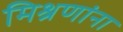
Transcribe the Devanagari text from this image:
मिश्रणांना